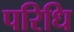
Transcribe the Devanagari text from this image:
परिधि